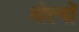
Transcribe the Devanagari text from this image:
मोल्यों